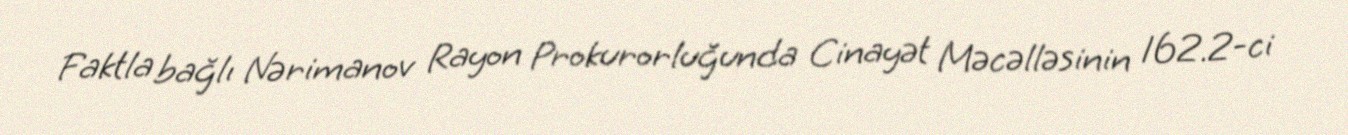
Faktla bağlı Nərimanov Rayon Prokurorluğunda Cinayət Məcəlləsinin 162.2-ci